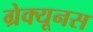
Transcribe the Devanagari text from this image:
ग्रेक्यूनस